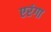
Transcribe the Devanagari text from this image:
एरंगा